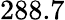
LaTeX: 288.7